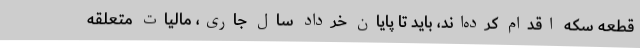
قطعه سکه اقدام کرده‌اند، باید تا پایان خرداد سال جاری، مالیات متعلقه